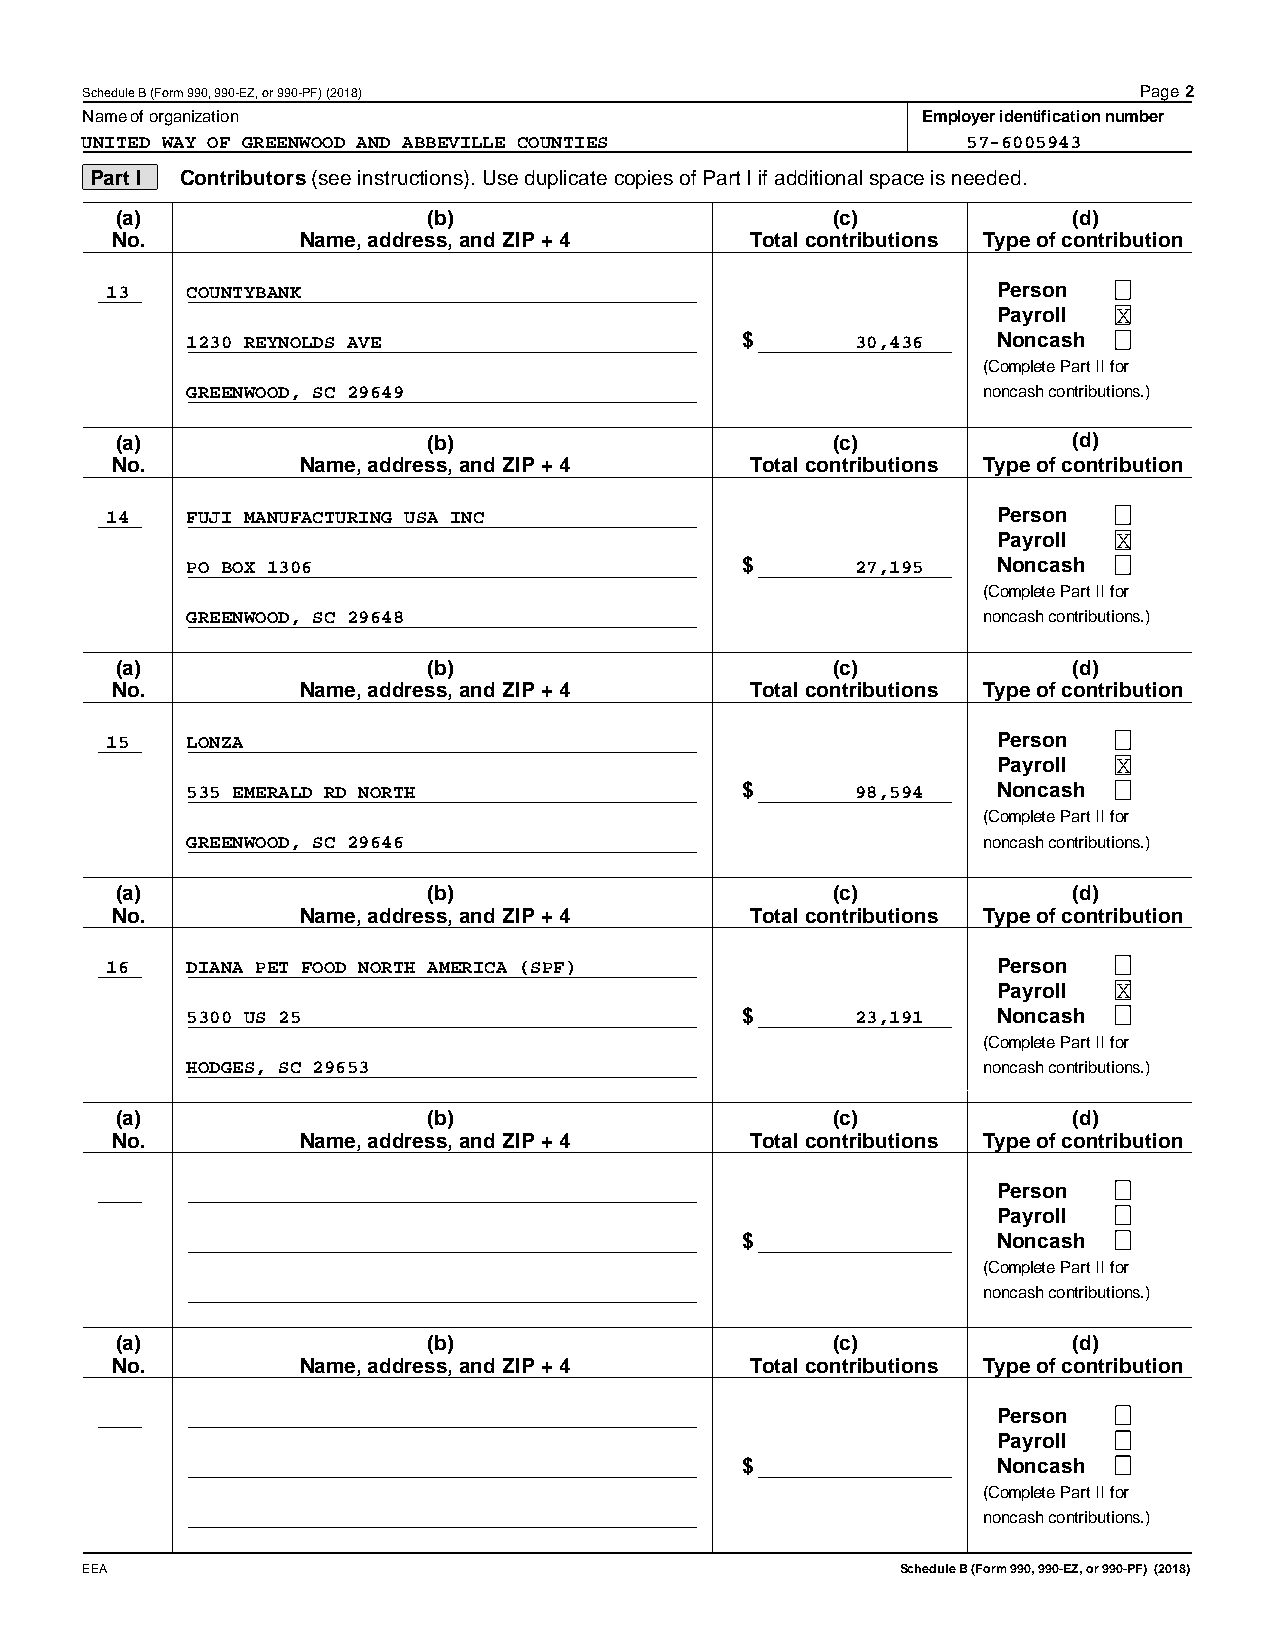
Schedule B (Form 990, 990-EZ, or 990-PF) (2018)                       Page2
 Name of organization                                    Employer identification number
 UNITED WAY OF GREENWOOD AND ABBEVILLE COUNTIES             57-6005943
 Part I Contributors (see instructions). Use duplicate copies of Part I if additional space is needed.
 (a)                 (b)                        (c)             (d)
 No.          Name, address, and ZIP + 4    Total contributions Type of contribution
 13   COUNTYBANK                                            Person
 Payroll X
 1230 REYNOLDS AVE                    $       30,436   Noncash
 (Complete Part II for
 GREENWOOD, SC 29649                                  noncash contributions.)
 (a)                 (b)                        (c)             (d)
 No.          Name, address, and ZIP + 4    Total contributions Type of contribution
 14   FUJI MANUFACTURING USA INC                            Person
 Payroll X
 PO BOX 1306                          $       27,195   Noncash
 (Complete Part II for
 GREENWOOD, SC 29648                                  noncash contributions.)
 (a)                 (b)                        (c)             (d)
 No.          Name, address, and ZIP + 4    Total contributions Type of contribution
 15   LONZA                                                 Person
 Payroll X
 535 EMERALD RD NORTH                 $       98,594   Noncash
 (Complete Part II for
 GREENWOOD, SC 29646                                  noncash contributions.)
 (a)                 (b)                        (c)             (d)
 No.          Name, address, and ZIP + 4    Total contributions Type of contribution
 16   DIANA PET FOOD NORTH AMERICA (SPF)                    Person
 Payroll X
 5300 US 25                           $       23,191   Noncash
 (Complete Part II for
 HODGES, SC 29653                                     noncash contributions.)
 (a)                 (b)                        (c)             (d)
 No.          Name, address, and ZIP + 4    Total contributions Type of contribution
 Person
 Payroll
 $                Noncash
 (Complete Part II for
 noncash contributions.)
 (a)                 (b)                        (c)             (d)
 No.          Name, address, and ZIP + 4    Total contributions Type of contribution
 Person
 Payroll
 $                Noncash
 (Complete Part II for
 noncash contributions.)
 EEA                                                    Schedule B (Form 990, 990-EZ, or 990-PF) (2018)